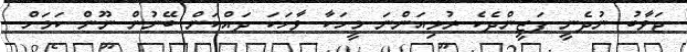
ޖަވާބު ނުދެނީ ފަޒީންދެކެ ރުޅިއަންނަ މީހަކާ ވާހަކަ ދައްކަން ބޭނުން ނޫން ކަމަށް